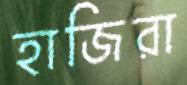
হাজিরা